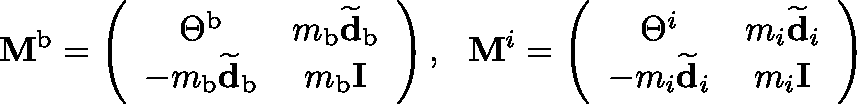
\mathbf { M } ^ { \mathrm { b } } = \left( \begin{array} { c c } { \boldmath { \Theta } ^ { \mathrm { b } } } & { m _ { \mathrm { b } } \widetilde { \mathbf { d } } _ { \mathrm { b } } } \\ { - m _ { \mathrm { b } } \widetilde { \mathbf { d } } _ { \mathrm { b } } } & { m _ { \mathrm { b } } \mathbf { I } } \end{array} \right) , \ \ \mathbf { M } ^ { i } = \left( \begin{array} { c c } { \boldmath { \Theta } ^ { i } } & { m _ { i } \widetilde { \mathbf { d } } _ { i } } \\ { - m _ { i } \widetilde { \mathbf { d } } _ { i } } & { m _ { i } \mathbf { I } } \end{array} \right)